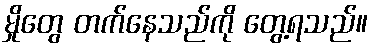
မှိုတွေ တက်နေသည်ကို တွေ့ရသည်။